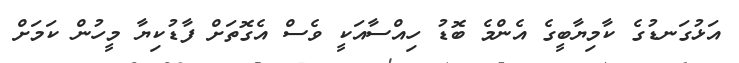
އަޅުގަނޑުގެ ކާމިޔާބީގެ އެންމެ ބޮޑު ހިއްސާއަކީ ވެސް އެގޮތަށް ފާޑުކިޔާ މީހުން ކަމަށް